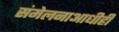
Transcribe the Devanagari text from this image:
संमेलनाआधीही